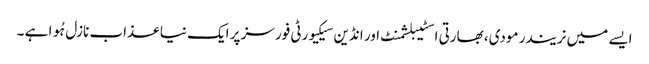
ایسے میں نریندر مودی، بھارتی اسٹیبلشمنٹ اور انڈین سیکیورٹی فورسز پر ایک نیا عذاب نازل ہُوا ہے ۔